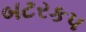
બટરકપ